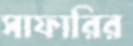
সাফারির